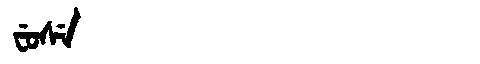
Manchu: ᠸᡠᠰᡝ
Romanization: FUSE